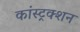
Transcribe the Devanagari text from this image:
कांस्ट्रक्शन